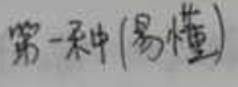
第一种(易懂)